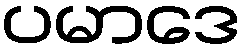
ပမာဒေ